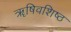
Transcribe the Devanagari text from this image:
ॠषिवशिष्ठ